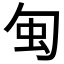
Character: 𠣜